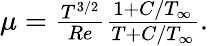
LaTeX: \begin{array}{r}{{{\mu}}=\frac{{T}^{3/2}}{Re}\frac{1+C/T_{\infty}}{{T}+C/T_{\infty}}.}\end{array}